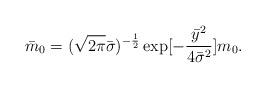
LaTeX: \begin{align*}{\bar m}_0=(\sqrt{2\pi}{\bar\sigma})^{-\frac{1}{2}}\exp[-\frac{{\bar y}^2}{4{\bar\sigma}^2}]m_0.\end{align*}